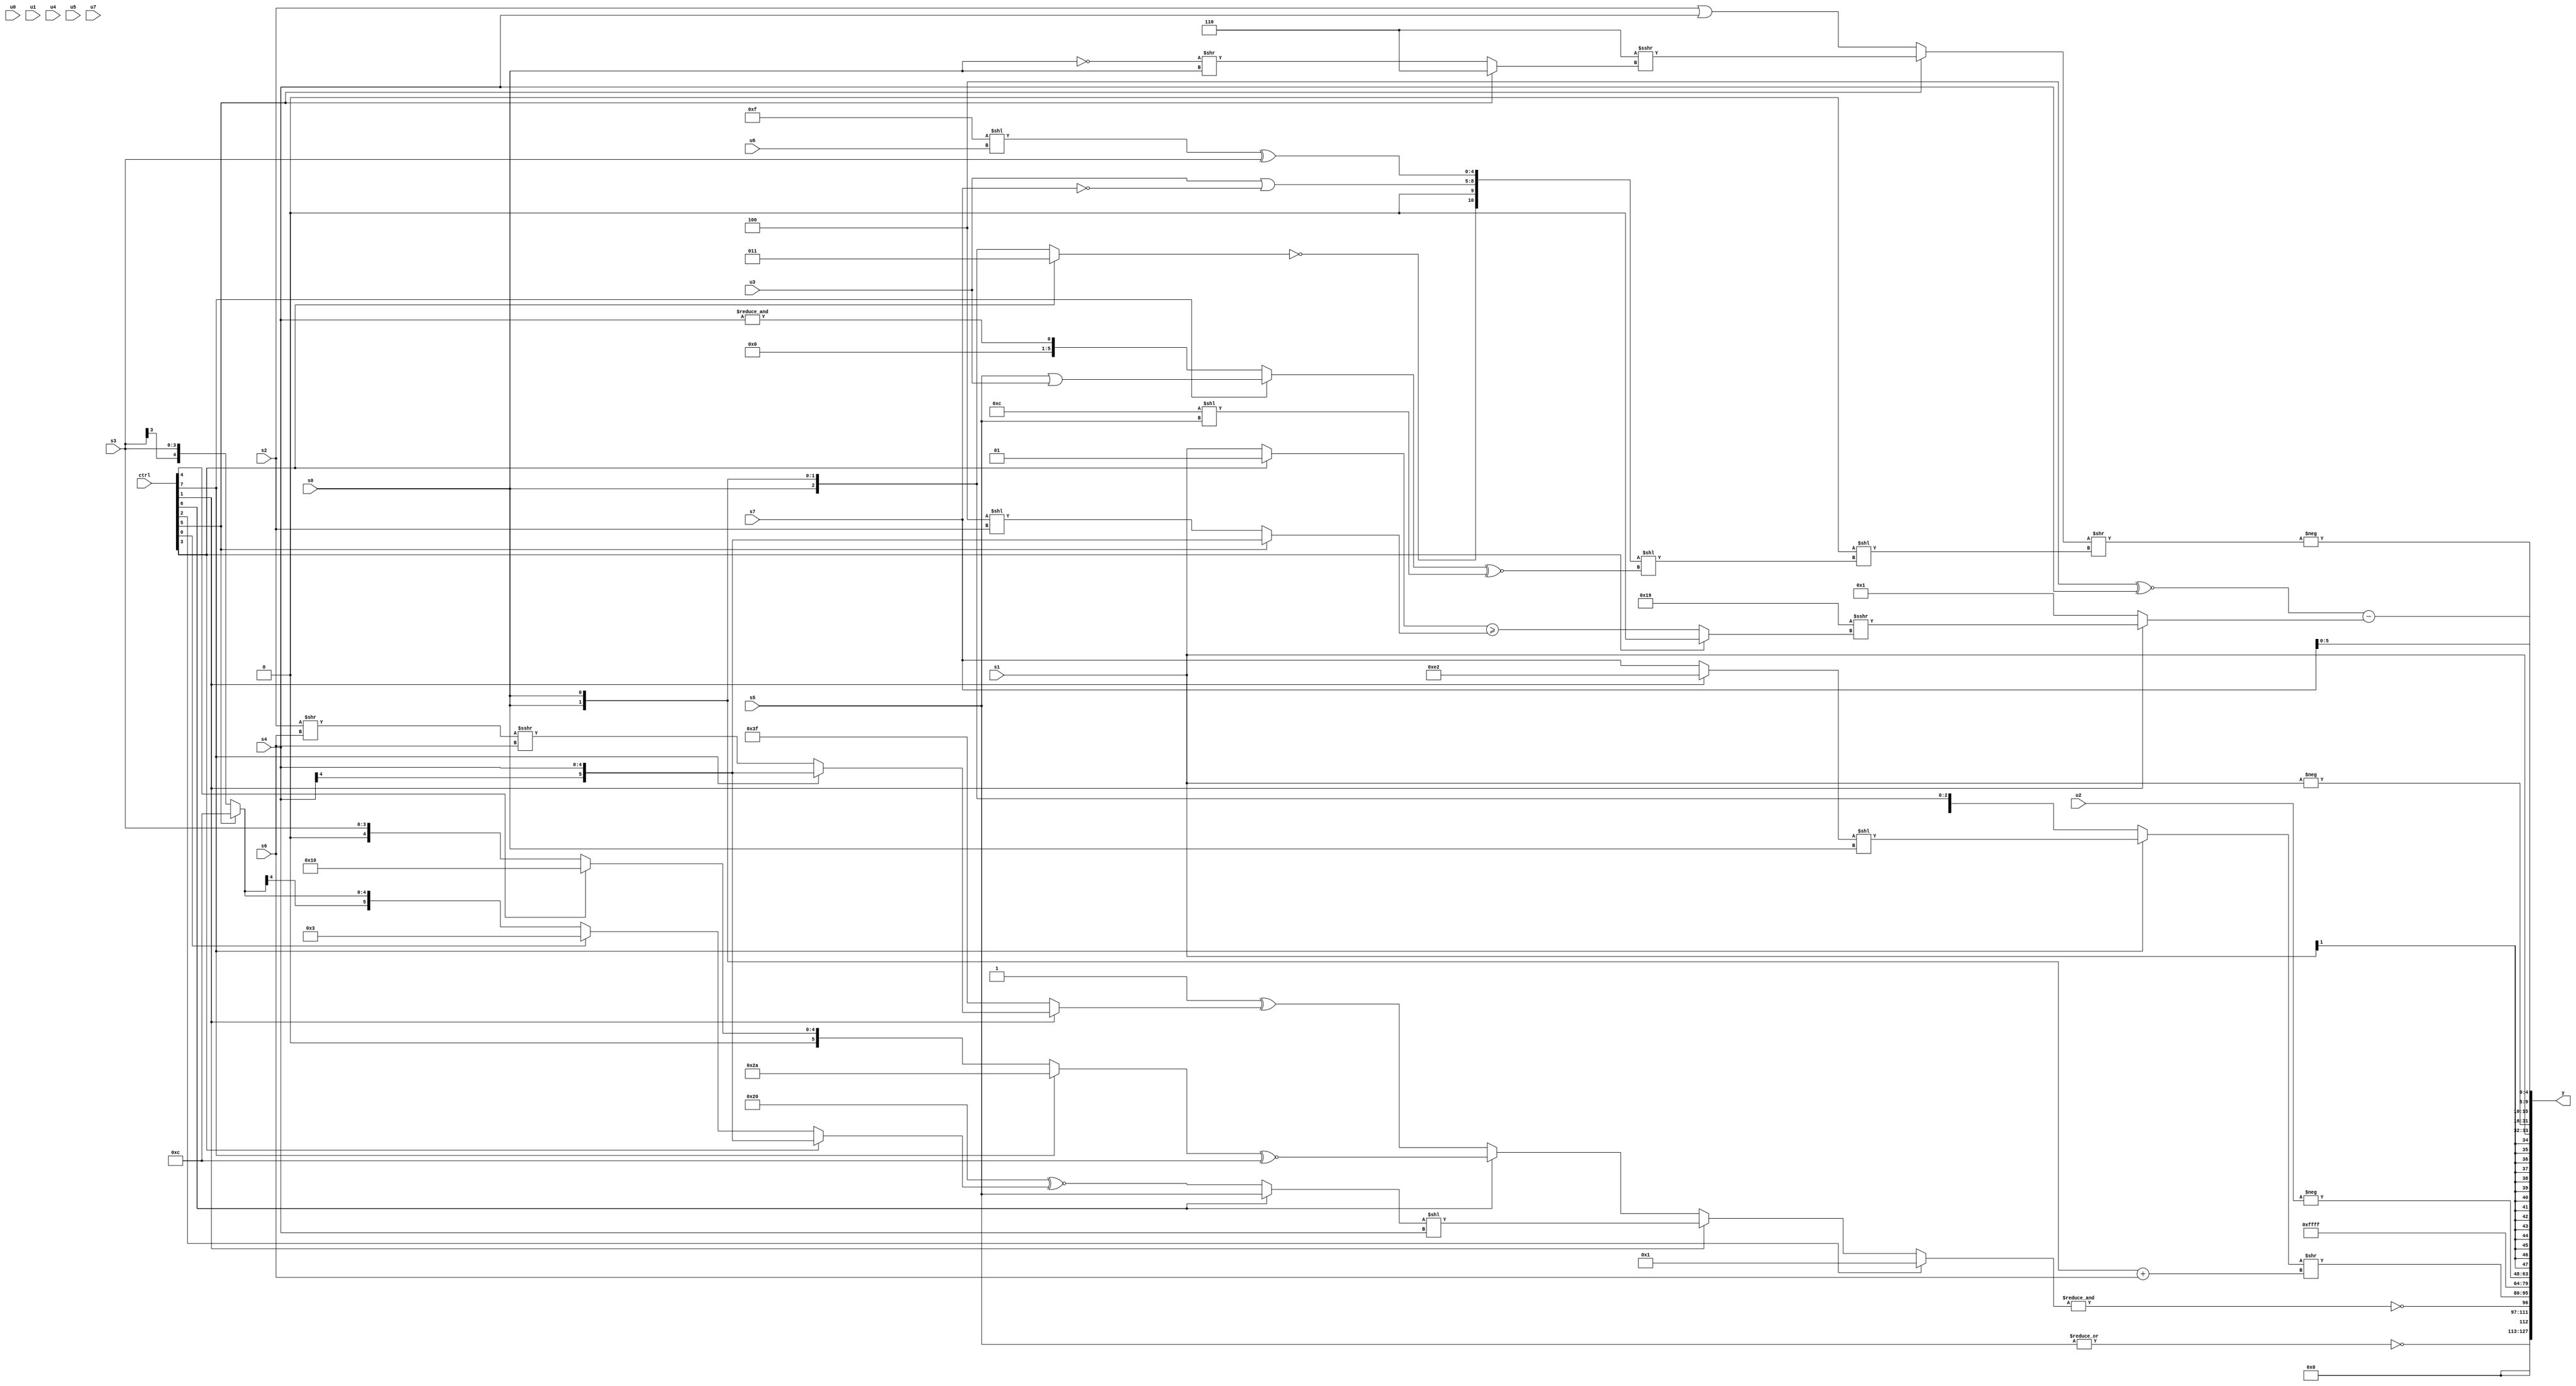
module wideexpr_00061(ctrl, u0, u1, u2, u3, u4, u5, u6, u7, s0, s1, s2, s3, s4, s5, s6, s7, y);
  input [7:0] ctrl;
  input [0:0] u0;
  input [1:0] u1;
  input [2:0] u2;
  input [3:0] u3;
  input [4:0] u4;
  input [5:0] u5;
  input [6:0] u6;
  input [7:0] u7;
  input signed [0:0] s0;
  input signed [1:0] s1;
  input signed [2:0] s2;
  input signed [3:0] s3;
  input signed [4:0] s4;
  input signed [5:0] s5;
  input signed [6:0] s6;
  input signed [7:0] s7;
  output [127:0] y;
  wire [15:0] y0;
  wire [15:0] y1;
  wire [15:0] y2;
  wire [15:0] y3;
  wire [15:0] y4;
  wire [15:0] y5;
  wire [15:0] y6;
  wire [15:0] y7;
  assign y = {y0,y1,y2,y3,y4,y5,y6,y7};
  assign y0 = ~|(s5);
  assign y1 = ~&((ctrl[2]?3'sb001:(ctrl[1]?((ctrl[6]?s5:($signed(+(6'sb100000)))^~((ctrl[3]?$signed($signed(s4)):(ctrl[0]?(6'sb000111)>>(1'sb1):(ctrl[5]?5'sb01100:s3))))))<<(s4):(ctrl[6]?($signed((ctrl[7]?+({3{2'sb10}}):(ctrl[4]?+(5'sb10000):s3))))^~(6'sb001100):(2'sb11)^((ctrl[1]?(ctrl[7]?+(s4):((s2)>>(s6))>>>($signed(s6))):5'sb11111))))));
  assign y2 = ((ctrl[7]?((ctrl[1]?6'sb100010:s7))<<((ctrl[3]?(s0)>>(2'b00):+(s0))):s0))>>(({1{{2{s0}}}})+(s6));
  assign y3 = 3'sb111;
  assign y4 = -(u2);
  assign y5 = s1;
  assign y6 = -(s1);
  assign y7 = {$signed(2'sb10),s7,((5'sb11100)^~(s4))-((ctrl[1]?$signed((5'b11001)>>>((ctrl[3]?$unsigned(({1{5'sb10110}})==((u4)<=(6'sb111100))):(+((ctrl[3]?2'sb01:s1)))>=((ctrl[5]?$signed(s4):(6'sb111100)<<(s2)))))):5'sb00001)),-(($signed((ctrl[5]?(+(3'b110))>>>((ctrl[5]?3'b110:(~|(s0))>>(s0))):(s2)|(s4))))>>(-((1'b0)<<(({!((ctrl[3]?3'sb011:s0)),((u0)>>>(s5))&((u0)>>(2'sb11)),(u3)|(!(s7)),((5'sb01111)<<(u6))^(s3)})<<(((ctrl[7]?(s5)|(u3):&(s4)))^~((5'sb01100)<<(s5)))))))};
endmodule